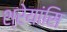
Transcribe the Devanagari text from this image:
श्रेयांसि